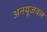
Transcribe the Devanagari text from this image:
अनयूजवल